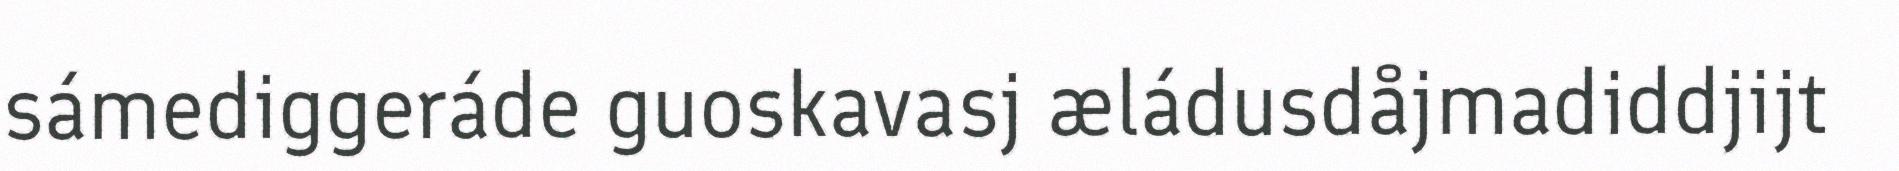
sámediggeráde guoskavasj æládusdåjmadiddjijt